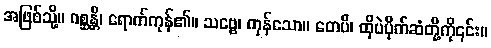
အဖြစ်သို့။ ဂစ္ဆန္တိ၊ ရောက်ကုန်၏။ သဗ္ဗေ၊ ကုန်သော။ တေပိ၊ ထိုပဲပိုက်ဆံတို့ကို၎င်း။